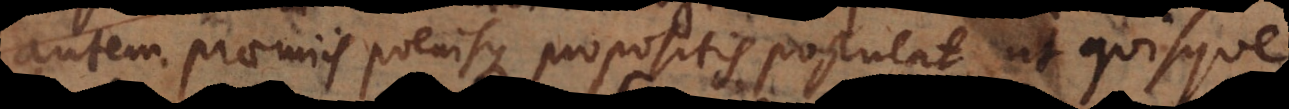
autem praemiis poenisque propositis postulat, ut quisque